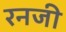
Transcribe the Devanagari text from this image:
रनजी